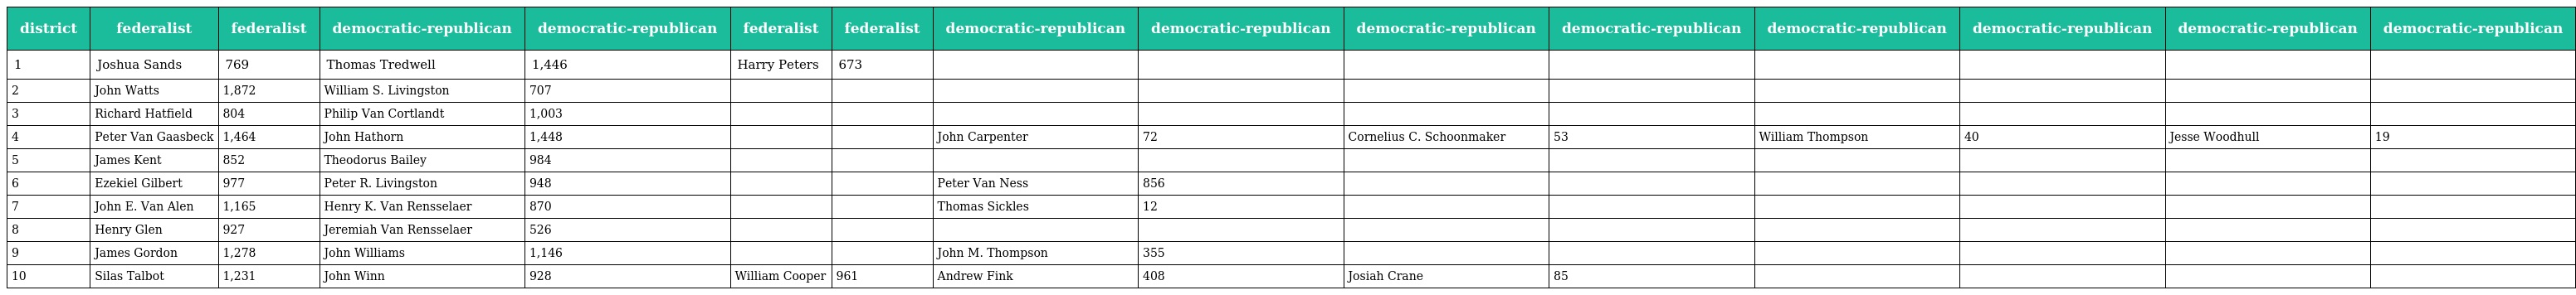
| district | federalist | federalist | democratic-republican | democratic-republican | federalist | federalist | democratic-republican | democratic-republican | democratic-republican | democratic-republican | democratic-republican | democratic-republican | democratic-republican | democratic-republican |
 | --- | --- | --- | --- | --- | --- | --- | --- | --- | --- | --- | --- | --- | --- | --- |
 | 1 | Joshua Sands | 769 | Thomas Tredwell | 1,446 | Harry Peters | 673 |  |  |  |  |  |  |  |  |
 | 2 | John Watts | 1,872 | William S. Livingston | 707 |  |  |  |  |  |  |  |  |  |  |
 | 3 | Richard Hatfield | 804 | Philip Van Cortlandt | 1,003 |  |  |  |  |  |  |  |  |  |  |
 | 4 | Peter Van Gaasbeck | 1,464 | John Hathorn | 1,448 |  |  | John Carpenter | 72 | Cornelius C. Schoonmaker | 53 | William Thompson | 40 | Jesse Woodhull | 19 |
 | 5 | James Kent | 852 | Theodorus Bailey | 984 |  |  |  |  |  |  |  |  |  |  |
 | 6 | Ezekiel Gilbert | 977 | Peter R. Livingston | 948 |  |  | Peter Van Ness | 856 |  |  |  |  |  |  |
 | 7 | John E. Van Alen | 1,165 | Henry K. Van Rensselaer | 870 |  |  | Thomas Sickles | 12 |  |  |  |  |  |  |
 | 8 | Henry Glen | 927 | Jeremiah Van Rensselaer | 526 |  |  |  |  |  |  |  |  |  |  |
 | 9 | James Gordon | 1,278 | John Williams | 1,146 |  |  | John M. Thompson | 355 |  |  |  |  |  |  |
 | 10 | Silas Talbot | 1,231 | John Winn | 928 | William Cooper | 961 | Andrew Fink | 408 | Josiah Crane | 85 |  |  |  |  |